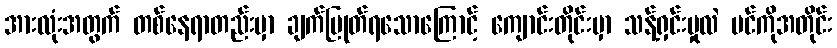
အားလုံးအတွက် တစ်နေရာတည်းမှာ ချက်ပြုတ်ရသောကြောင့် ကျောင်းတိုင်းမှာ သန့်ရှင်းမှုလဲ ပင်ကိုအတိုင်း